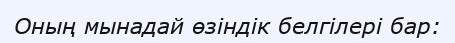
Оның мынадай өзіндік белгілері бар: